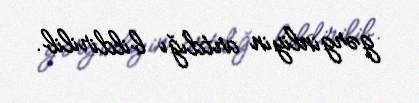
gərginliyin artdığı bildirilib.